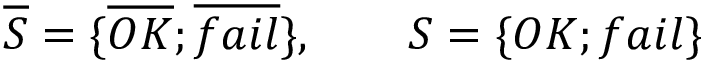
\begin{array} { r } { \overline { { \cal S } } = \{ \overline { { O K } } ; \overline { { f a i l } } \} , \qquad { \cal S } = \{ O K ; f a i l \} } \end{array}